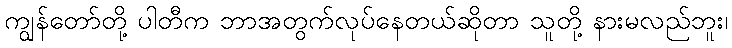
ကျွန်တော်တို့ ပါတီက ဘာအတွက်လုပ်နေတယ်ဆိုတာ သူတို့ နားမလည်ဘူး၊